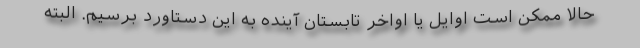
حالا ممکن است اوایل یا اواخر تابستان آینده به این دستاورد برسیم. البته